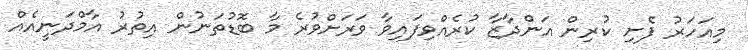
މިއަހަރު ފެށި ކުރިން އަންދާޒާ ކުރެއްވިފައިވާ ވަރަށްވުރެ މާ ބޮޑުތަނުން އިތުރު އާމްދަނީއެއް